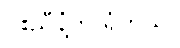
ငါးညှီနံ့ကို ရွံတယ်။